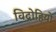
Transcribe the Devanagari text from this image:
विद्राेहियों